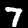
Label: 7